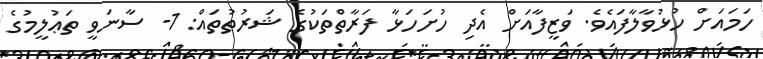
ހަމައަށް ހުޅުވާލާފައެވެ. ވަޒީފާއަށް އެދި ހުށަހަޅާ ފަރާތްތަކުގެ ޝަރުތުތައް: 1- ސާނަވީ ތަޢުލީމުގެ